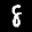
Label: 8